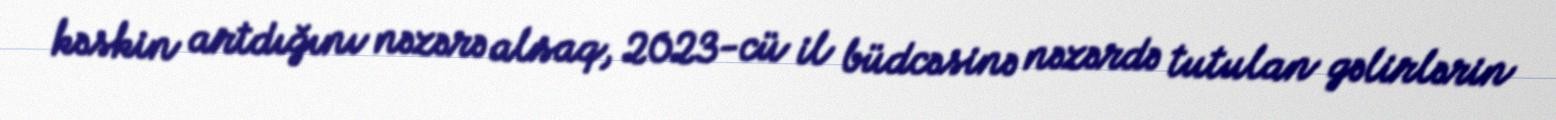
kəskin artdığını nəzərə alsaq, 2023-cü il büdcəsinə nəzərdə tutulan gəlirlərin